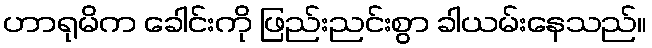
ဟာရုမိက ခေါင်းကို ဖြည်းညင်းစွာ ခါယမ်းနေသည်။